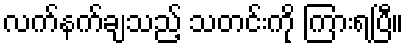
လက်နက်ချသည့် သတင်းကို ကြားရပြီ။